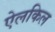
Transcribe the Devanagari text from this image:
ऐलकिल